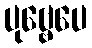
ပုဗ္ဗေပေ